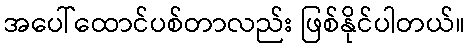
အပေါ်ထောင်ပစ်တာလည်း ဖြစ်နိုင်ပါတယ်။